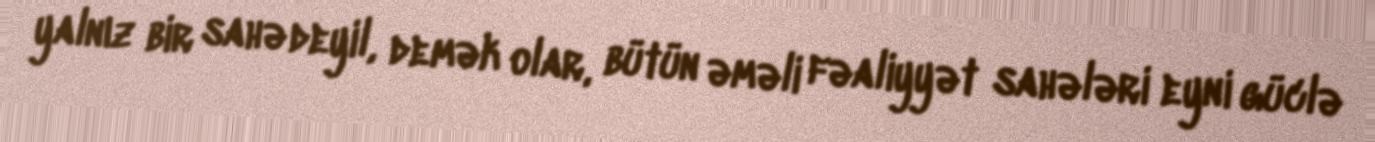
yalnız bir sahə deyil, demək olar, bütün əməli fəaliyyət sahələri eyni güclə